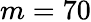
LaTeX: m=70